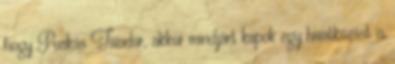
hogy Puskás Tivadar, akkor mindjárt kapok egy hivatkozást is